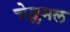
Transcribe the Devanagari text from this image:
चेल्लमल